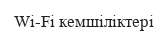
Wi-Fi кемшіліктері